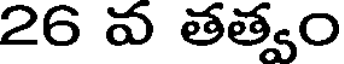
26 వ తత్వం